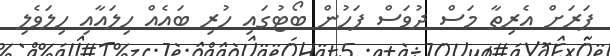
ފަރަށް އެރިތާ މަސް ދުވަސް ފަހުން ބޯޓުގައި ހުރި ބައެއް ހިލައާއި ހިލަވެލި